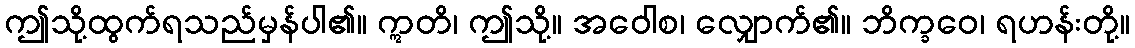
ဤသို့ထွက်ရသည်မှန်ပါ၏။ ဣတိ၊ ဤသို့။ အဝေါစ၊ လျှောက်၏။ ဘိက္ခဝေ၊ ရဟန်းတို့။